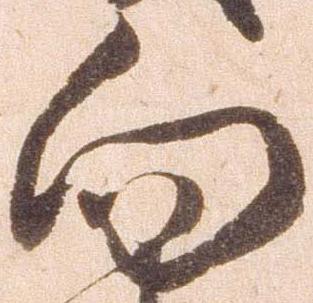
向